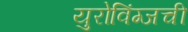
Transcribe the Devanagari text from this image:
युरोविंग्जची